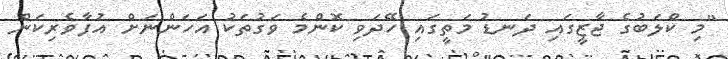
"މި ކްލަބުގެ ޖާޒީގައި ދަނޑު މަތީގައި ހޭދަވި ކޮންމެ ވަގުތަކު އަހަންނަށް އުފާވެރިކަން